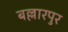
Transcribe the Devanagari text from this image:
बल्लारपुर